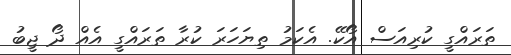
ތަރައްގީ ކުރިއަސް އޯކޭ. އެކަމު ތިޔަހަރަ ކުރާ ތަރައްގީ އެއް ދޯ ޖީބު